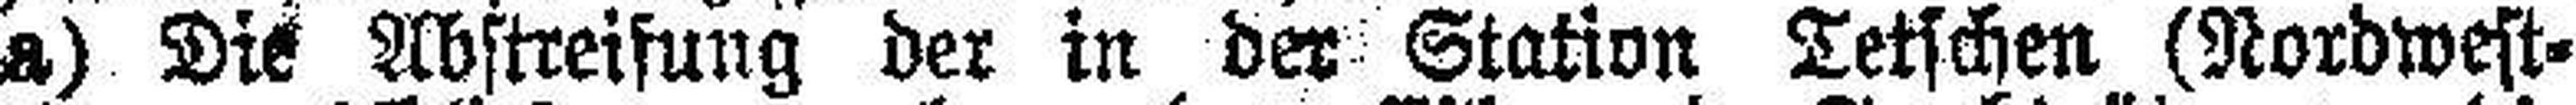
a) Die Abstreifung der in der Station Tetschen (Nordwest¬